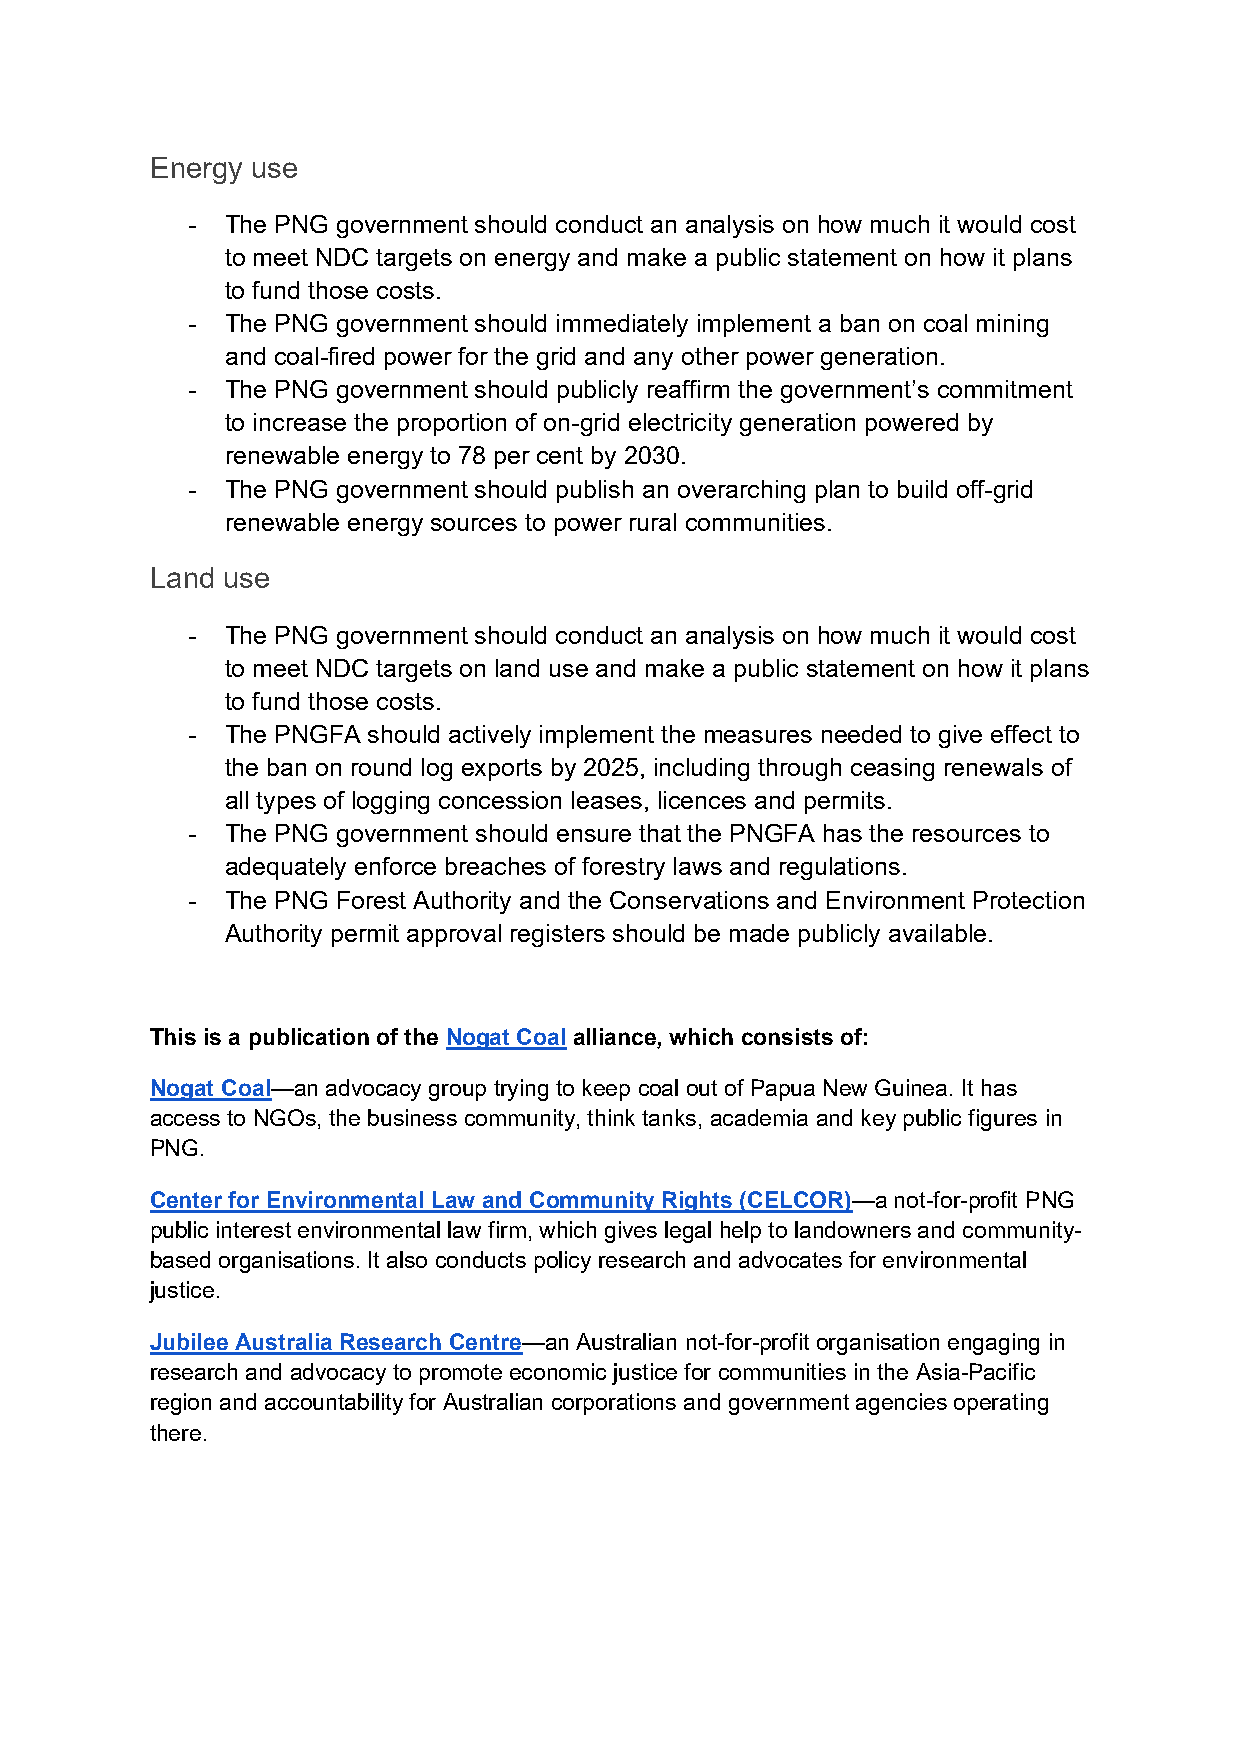
Energy use
 -  The PNG government should conduct an analysis on how much it would cost
 to meet NDC targets on energy and make a public statement on how it plans
 to fund those costs.
 -  The PNG government should immediately implement a ban on coal mining
 and coal-fired power for the grid and any other power generation.
 -  The PNG government should publicly reaffirm the government’s commitment
 to increase the proportion of on-grid electricity generation powered by
 renewable energy to 78 per cent by 2030.
 -  The PNG government should publish an overarching plan to build off-grid
 renewable energy sources to power rural communities.
 Land use
 -  The PNG government should conduct an analysis on how much it would cost
 to meet NDC targets on land use and make a public statement on how it plans
 to fund those costs.
 -  The PNGFA should actively implement the measures needed to give effect to
 the ban on round log exports by 2025, including through ceasing renewals of
 all types of logging concession leases, licences and permits.
 -  The PNG government should ensure that the PNGFA has the resources to
 adequately enforce breaches of forestry laws and regulations.
 -  The PNG Forest Authority and the Conservations and Environment Protection
 Authority permit approval registers should be made publicly available.
 This is a publication of the Nogat Coal alliance, which consists of:
 Nogat Coal—an advocacy group trying to keep coal out of Papua New Guinea. It has
 access to NGOs, the business community, think tanks, academia and key public figures in
 PNG.
 Center for Environmental Law and Community Rights (CELCOR)—a not-for-profit PNG
 public interest environmental law firm, which gives legal help to landowners and community-
 based organisations. It also conducts policy research and advocates for environmental
 justice.
 Jubilee Australia Research Centre—an Australian not-for-profit organisation engaging in
 research and advocacy to promote economic justice for communities in the Asia-Pacific
 region and accountability for Australian corporations and government agencies operating
 there.